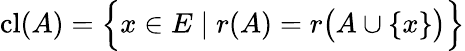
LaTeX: \operatorname{cl}(A)={\Bigl\{ }x\in E\mid r(A)=r{\bigl(}A\cup\{ x\} {\bigr)}{\Bigr\} }